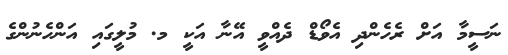
ނަސީމާ އަށް ރެހެންދި އެވޯޑް ދެއްވީ އޭނާ އަކީ މ. މުލީގައި އަންހެނުންގެ